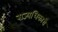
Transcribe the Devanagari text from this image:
राज्यधिकारी